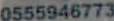
0555946773